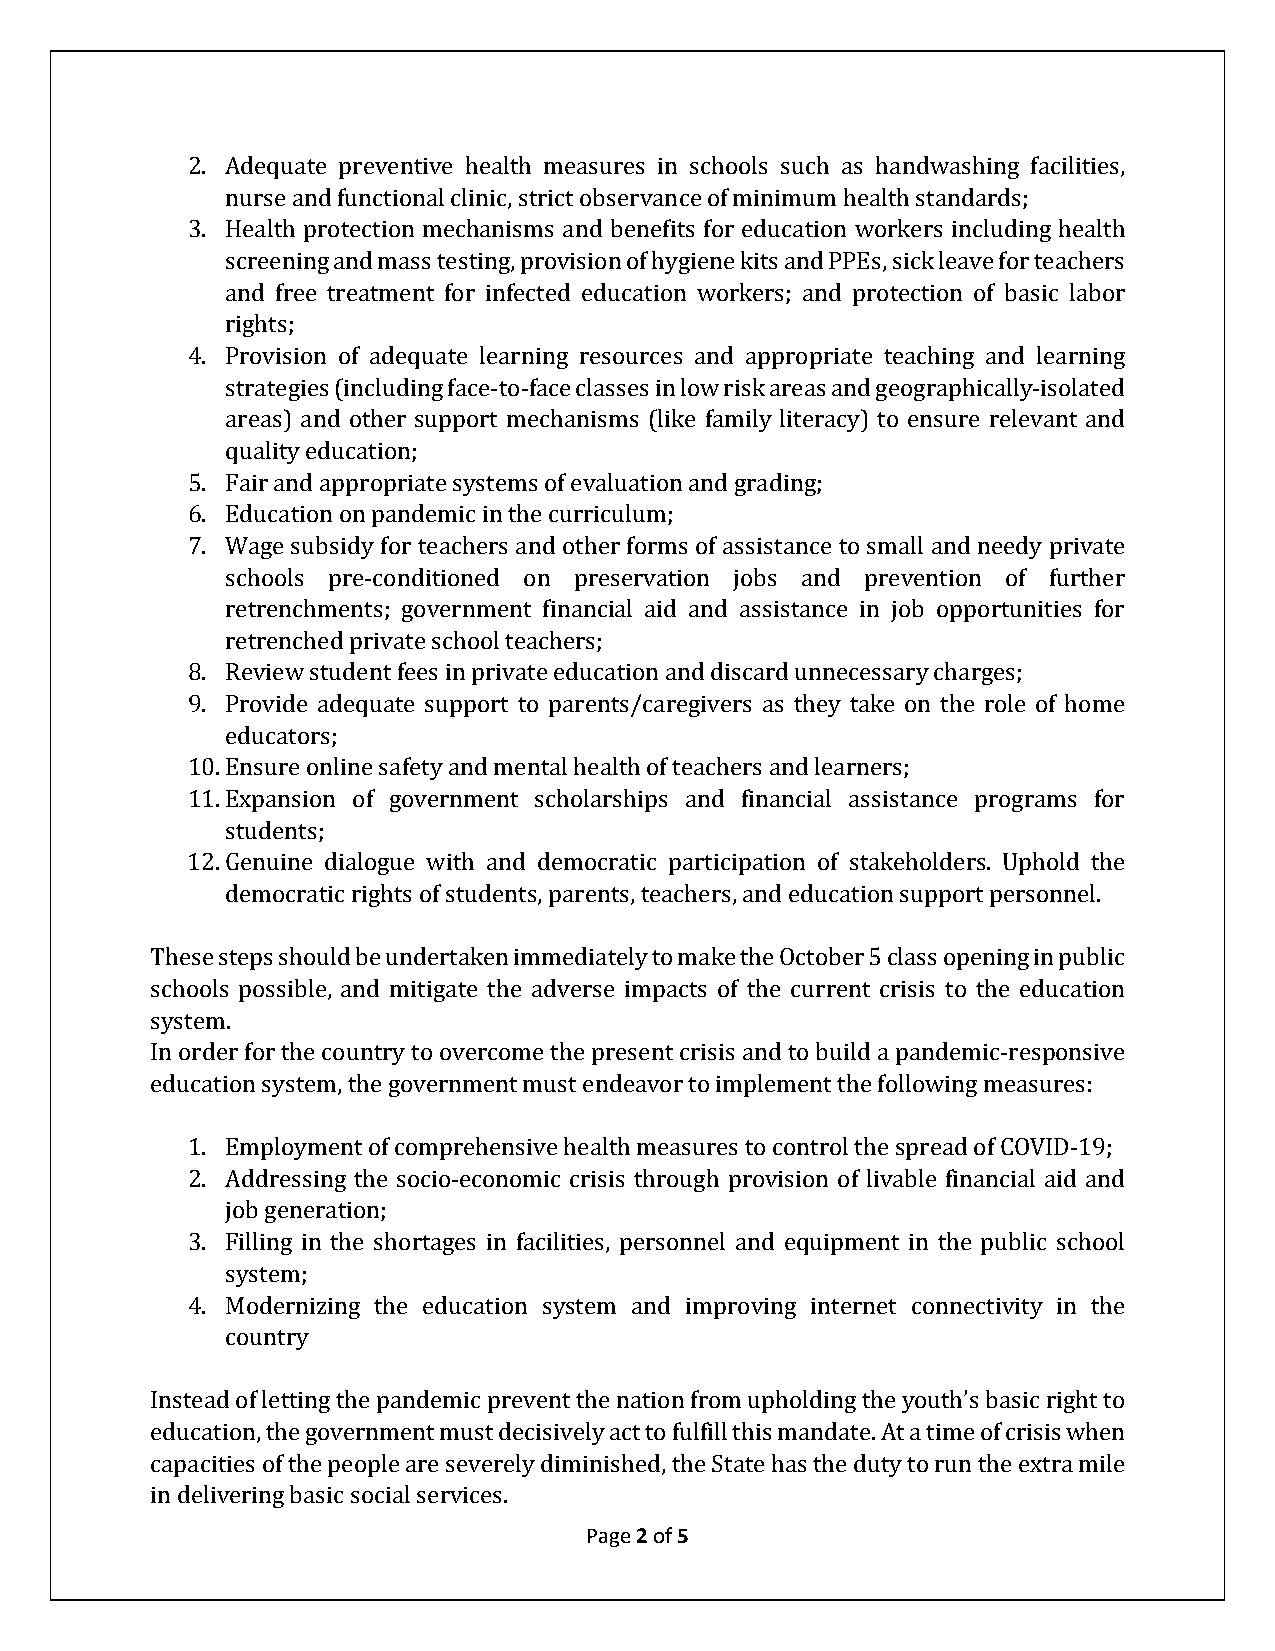
2. Adequate preventive health measures in schools such as handwashing facilities,
 nurse and functional clinic, strict observance of minimum health standards;
 3. Health protection mechanisms and benefits for education workers including health
 screening and mass testing, provision of hygiene kits and PPEs, sick leave for teachers
 and free treatment for infected education workers; and protection of basic labor
 rights;
 4. Provision of adequate learning resources and appropriate teaching and learning
 strategies (including face-to-face classes in low risk areas and geographically-isolated
 areas) and other support mechanisms (like family literacy) to ensure relevant and
 quality education;
 5. Fair and appropriate systems of evaluation and grading;
 6. Education on pandemic in the curriculum;
 7. Wage subsidy for teachers and other forms of assistance to small and needy private
 schools pre-conditioned on preservation jobs and prevention of further
 retrenchments; government financial aid and assistance in job opportunities for
 retrenched private school teachers;
 8. Review student fees in private education and discard unnecessary charges;
 9. Provide adequate support to parents/caregivers as they take on the role of home
 educators;
 10.Ensure online safety and mental health of teachers and learners;
 11.Expansion of government scholarships and financial assistance programs for
 students;
 12.Genuine dialogue with and democratic participation of stakeholders. Uphold the
 democratic rights of students, parents, teachers, and education support personnel.
 These steps should be undertaken immediately to make the October 5 class opening in public
 schools possible, and mitigate the adverse impacts of the current crisis to the education
 system.
 In order for the country to overcome the present crisis and to build a pandemic-responsive
 education system, the government must endeavor to implement the following measures:
 1. Employment of comprehensive health measures to control the spread of COVID-19;
 2. Addressing the socio-economic crisis through provision of livable financial aid and
 job generation;
 3. Filling in the shortages in facilities, personnel and equipment in the public school
 system;
 4. Modernizing the education system and improving internet connectivity in the
 country
 Instead of letting the pandemic prevent the nation from upholding the youth’s basic right to
 education, the government must decisively act to fulfill this mandate. At a time of crisis when
 capacities of the people are severely diminished, the State has the duty to run the extra mile
 Page 2 of 5
 in delivering basic social services.